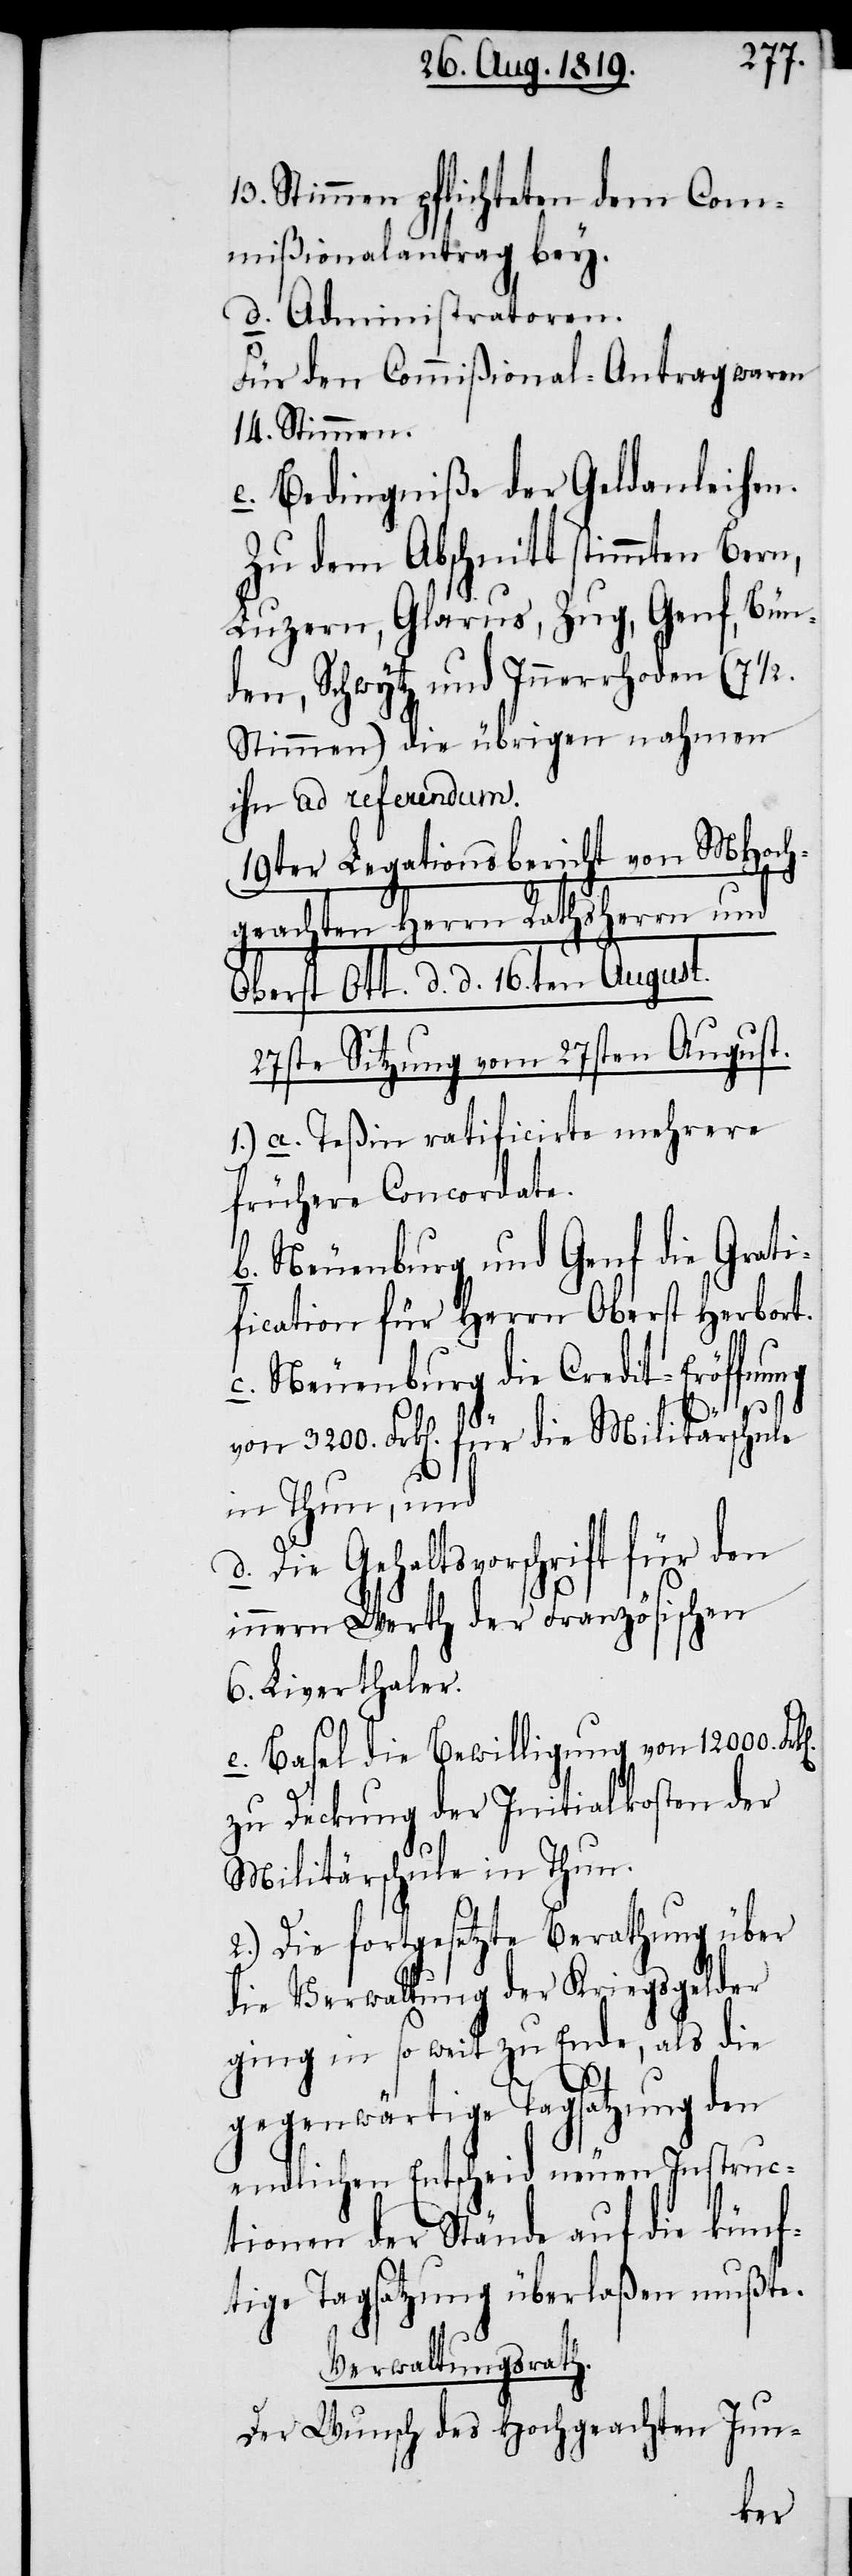
13. Stimmen pflichteten dem Com¬
mißionalantrag bey.
d. Administratoren.
Für den Commißional-Antrag waren
14. Stimmen.
e. Bedingniße der Geldanleihen.
Zu dem Abschnitt stimmten Bern,
Luzern, Glarus, Zug, Genf, Bün¬
den, Schwytz und Innerrhoden (7 ½.
Stimmen) die übrigen nahmen
ihn ad referendum.
19ter Legationsbericht von MHoch¬
geachten Herrn Rathsherrn und
Oberst Ott. d. d. 16ten August.
27ste Sitzung vom 27sten August.
1.) a. Teßin ratificirte mehrere
frühere Concordate.
b. Neuenburg und Genf die Grat¬
ification für Herrn Oberst Herbort.
c. Neuenburg die Credit-Eröffnung
von 3200. Frk[en]. für die Militärschule
d.
in Thun, und
Die Gehaltsvorschift für den
innern Werth der Französischen
6. Liverthaler.
e. Basel die Bewilligung von 12000.
zu Deckung der Initialkosten der
Militärschule in Thun.
2.) Die fortgesetzte Berathung über
die Verwaltung der Kriegsgelder
ging in so wie zu Ende, als die
gegenwärtige Tagsatzung den
endlichen Entscheid neuen Instruc¬
tionen der Stände auf die künf¬
tige Tagsatzung überlaßen mußte.
Verwaltungrath.
Der Wunsch des Hochgeachten Jun-